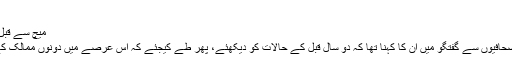
'
میچ سے قبل عبداللہ گُل کی سارکیسیان سے ملاقات
میچ کے بعد ایک استقبالیہ کے دوران صحافیوں سے گفتگو میں ان کا کہنا تھا کہ دو سال قبل کے حالات کو دیکھئے، پھر طے کیجئے کہ اس عرصے میں دونوں ممالک کے درمیان امن عمل کہاں پہنچ چکا ہے۔